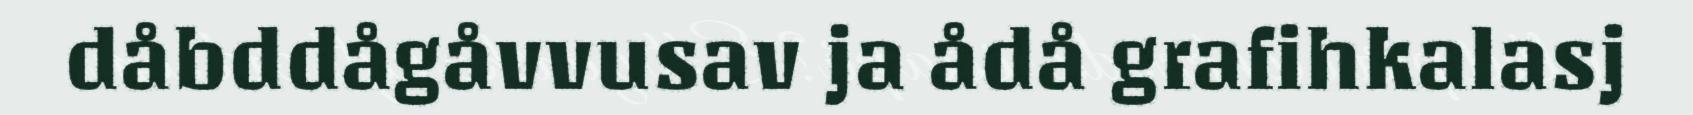
dåbddågåvvusav ja ådå grafihkalasj